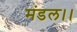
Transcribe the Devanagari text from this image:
मंडल।।